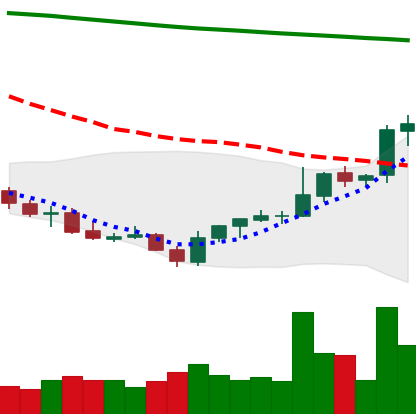
Ticker: LINK-USD
Chart end date: 2021-07-31
Forward return: 5.699%
Label: up_5_7